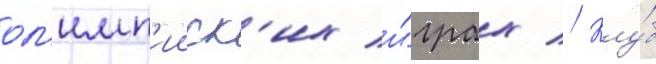
ол'имп'ииск'их и́грах // Клу́б